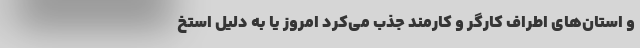
و استان‌های اطراف کارگر و کارمند جذب می‌کرد امروز یا به دلیل استخ